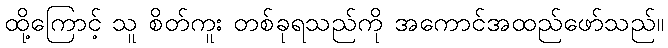
ထို့ကြောင့် သူ စိတ်ကူး တစ်ခုရသည်ကို အကောင်အထည်ဖော်သည်။